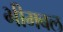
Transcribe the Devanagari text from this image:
भीमबल